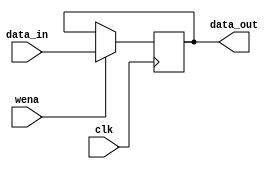
module clk_pc(
    input clk,
    input wena,
    input [31:0] data_in,
    output [31:0] data_out
    );
    
    reg [31:0] data;

initial 
begin
data=32'h00000000;
end


    always @(posedge clk) 
    if(wena)
    data[31:0]<=data_in[31:0];       //enable ,input 
 
    assign data_out    =   data;
    
endmodule